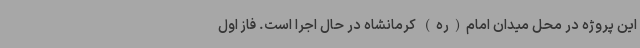
این پروژه در محل میدان امام(ره) کرمانشاه در حال اجرا است. فاز اول